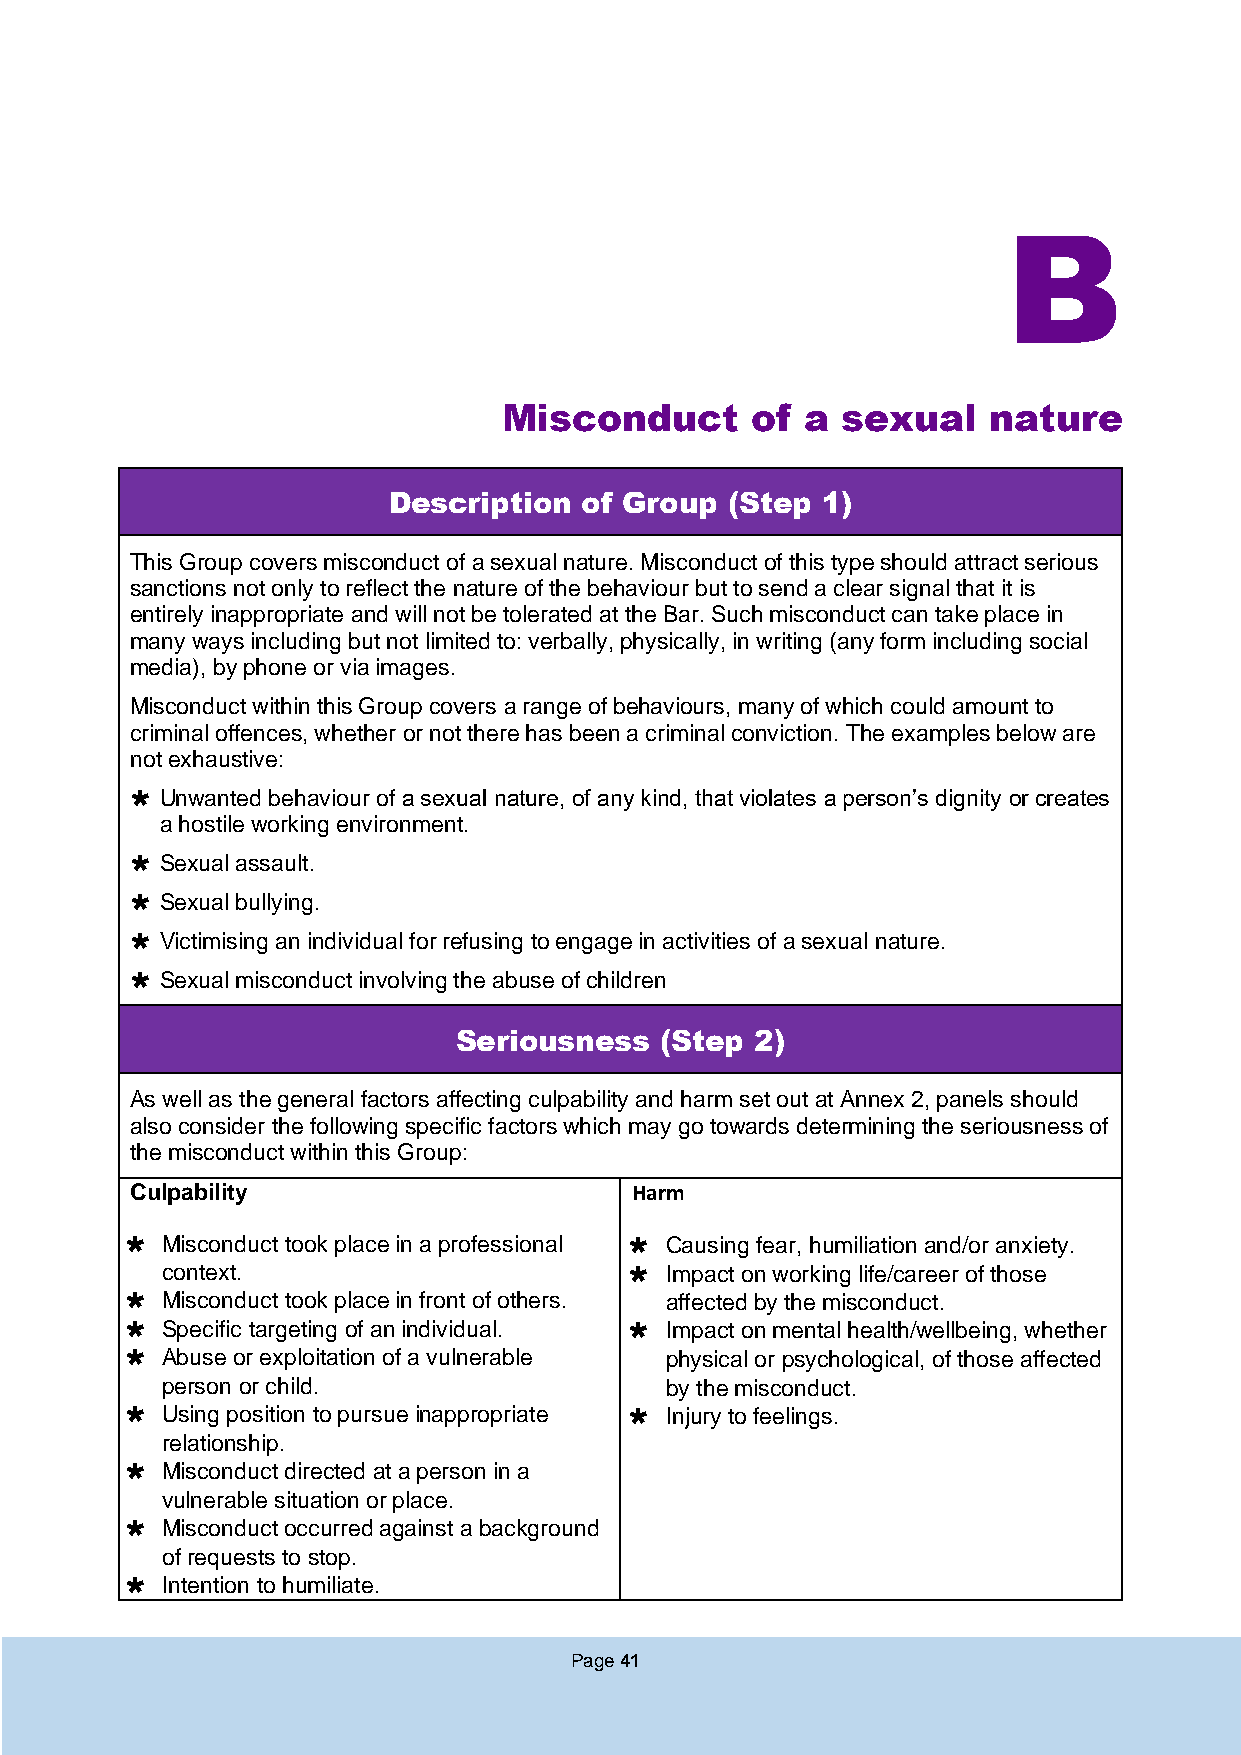
B
 Misconduct       of a  sexual   nature
 Description  of Group (Step 1)
 This Group covers misconduct of a sexual nature. Misconduct of this type should attract serious
 sanctions not only to reflect the nature of the behaviour but to send a clear signal that it is
 entirely inappropriate and will not be tolerated at the Bar. Such misconduct can take place in
 many ways including but not limited to: verbally, physically, in writing (any form including social
 media), by phone or via images.
 Misconduct within this Group covers a range of behaviours, many of which could amount to
 criminal offences, whether or not there has been a criminal conviction. The examples below are
 not exhaustive:
  Unwanted behaviour of a sexual nature, of any kind, that violates a person’s dignity or creates
 a hostile working environment.
  Sexual assault.
  Sexual bullying.
  Victimising an individual for refusing to engage in activities of a sexual nature.
  Sexual misconduct involving the abuse of children
 Seriousness   (Step 2)
 As well as the general factors affecting culpability and harm set out at Annex 2, panels should
 also consider the following specific factors which may go towards determining the seriousness of
 the misconduct within this Group:
 Culpability                      Harm
   Misconduct took place in a professional  Causing fear, humiliation and/or anxiety.
 context.                        Impact on working life/career of those
   Misconduct took place in front of others. affected by the misconduct.
   Specific targeting of an individual.  Impact on mental health/wellbeing, whether
   Abuse or exploitation of a vulnerable physical or psychological, of those affected
 person or child.                 by the misconduct.
   Using position to pursue inappropriate  Injury to feelings.
 relationship.
   Misconduct directed at a person in a
 vulnerable situation or place.
   Misconduct occurred against a background
 of requests to stop.
   Intention to humiliate.
 Page 41